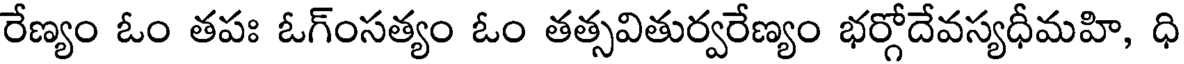
రేణ్యం ఓం తపః ఓగ్ంసత్యం ఓం తత్సవితుర్వరేణ్యం భర్గోదేవస్యధీమహి, ధి